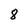
Character: 8